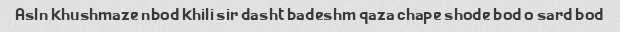
Asln khushmaze nbod khili sir dasht badeshm qaza chape shode bod o sard bod